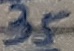
Text: 35